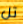
تل